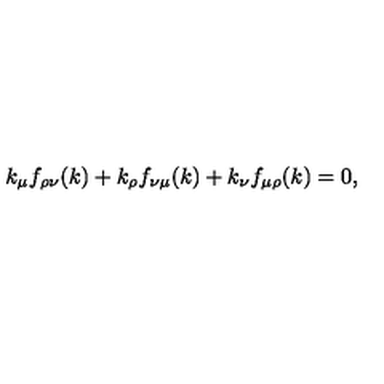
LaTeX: k _ { \mu } f _ { \rho \nu } ( k ) + k _ { \rho } f _ { \nu \mu } ( k ) + k _ { \nu } f _ { \mu \rho } ( k ) = 0 ,